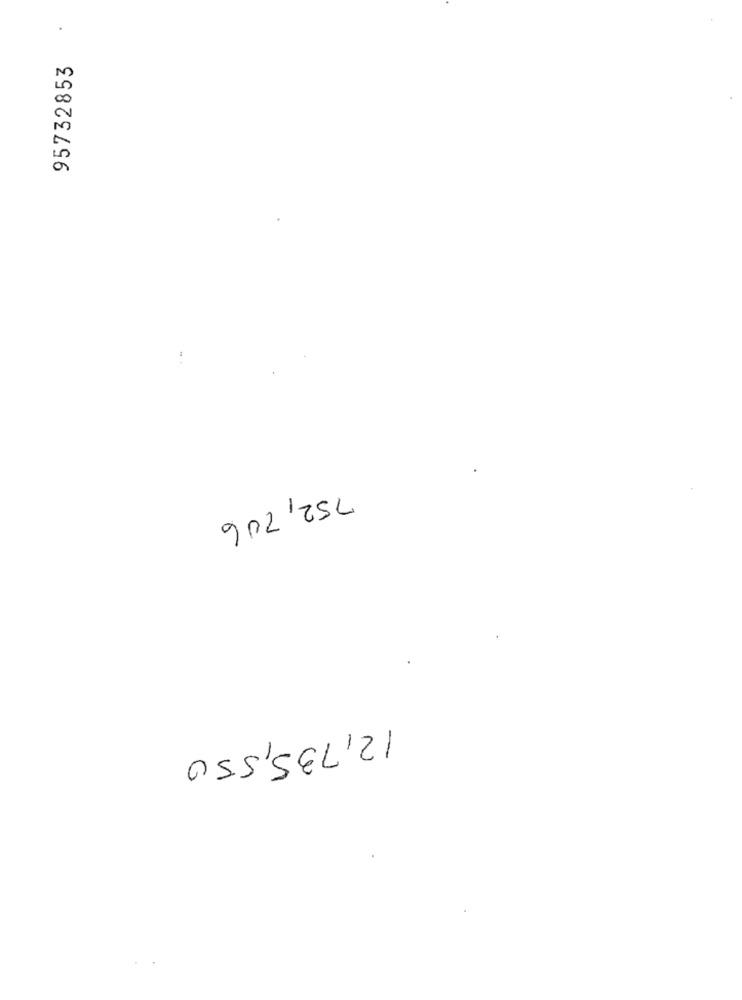
95732853
752, 206
12,735,550